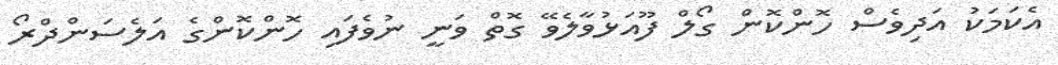
އެކަމަކު އަދިވެސް ހޮންކޮން ގޯލް ފޫއަަޅުވާލެވޭ ގޮތް ވަނީ ނުވެފައި ހޮންކޮންގެ އަލެސަންދްރޯ